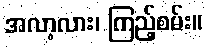
အလာ့လား၊ ကြည့်စမ်း။